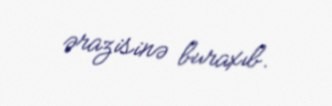
ərazisinə buraxıb.